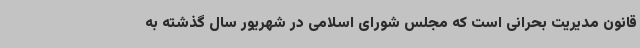
قانون مدیریت بحرانی است که مجلس شورای اسلامی در شهریور سال گذشته به